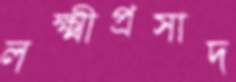
লক্ষ্মীপ্রসাদ